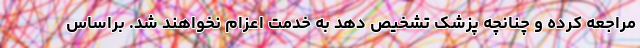
مراجعه کرده و چنانچه پزشک تشخیص دهد به خدمت اعزام نخواهند شد. براساس